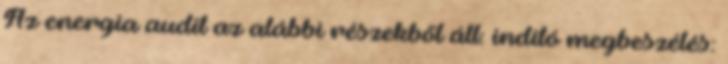
Az energia audit az alábbi részekből áll: indító megbeszélés: